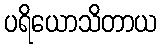
ပရိယောသိတာယ